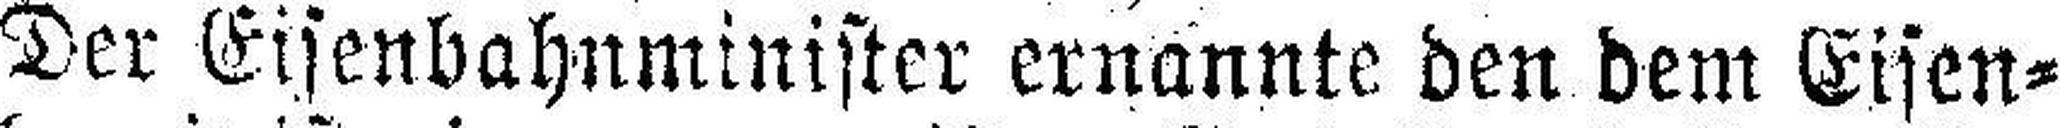
Der Eisenbahnminister ernannte den dem Eisen¬